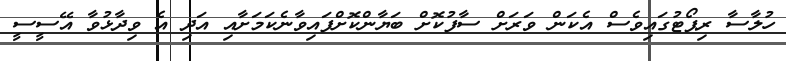
ހުލާސާ ރިޕޯޓުގައިވެސް އެކަން ވަރަށް ސާފުކޮށް ބަޔާންކޮށްފައިވާނެކަމަށާއި އަދި އެ ވިދާޅުވާ އޭސީސީ